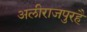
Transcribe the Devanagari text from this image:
अलीराजपुरहै